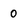
Character: 0